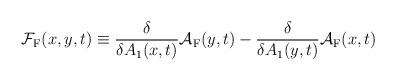
LaTeX: \begin{align*}{\cal F}_{\rm F}(x,y,t) \equiv \frac{\delta}{\delta A_1(x,t)}{\cal A}_{\rm F}(y,t) - \frac{\delta}{\delta A_1(y,t)}{\cal A}_{\rm F}(x,t)\end{align*}